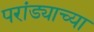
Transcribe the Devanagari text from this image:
परांड्याच्या